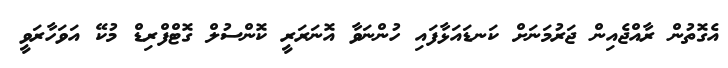
އެގޮތުން ރާއްޖެއިން ޖަރުމަނަށް ކަނޑައަޅާފައި ހުންނަވާ އޮނަރަރީ ކޮންސުލް ގޮޓްފްރިޑް މުކޭ އަވަހާރަވީ